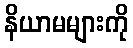
နိယာမများကို